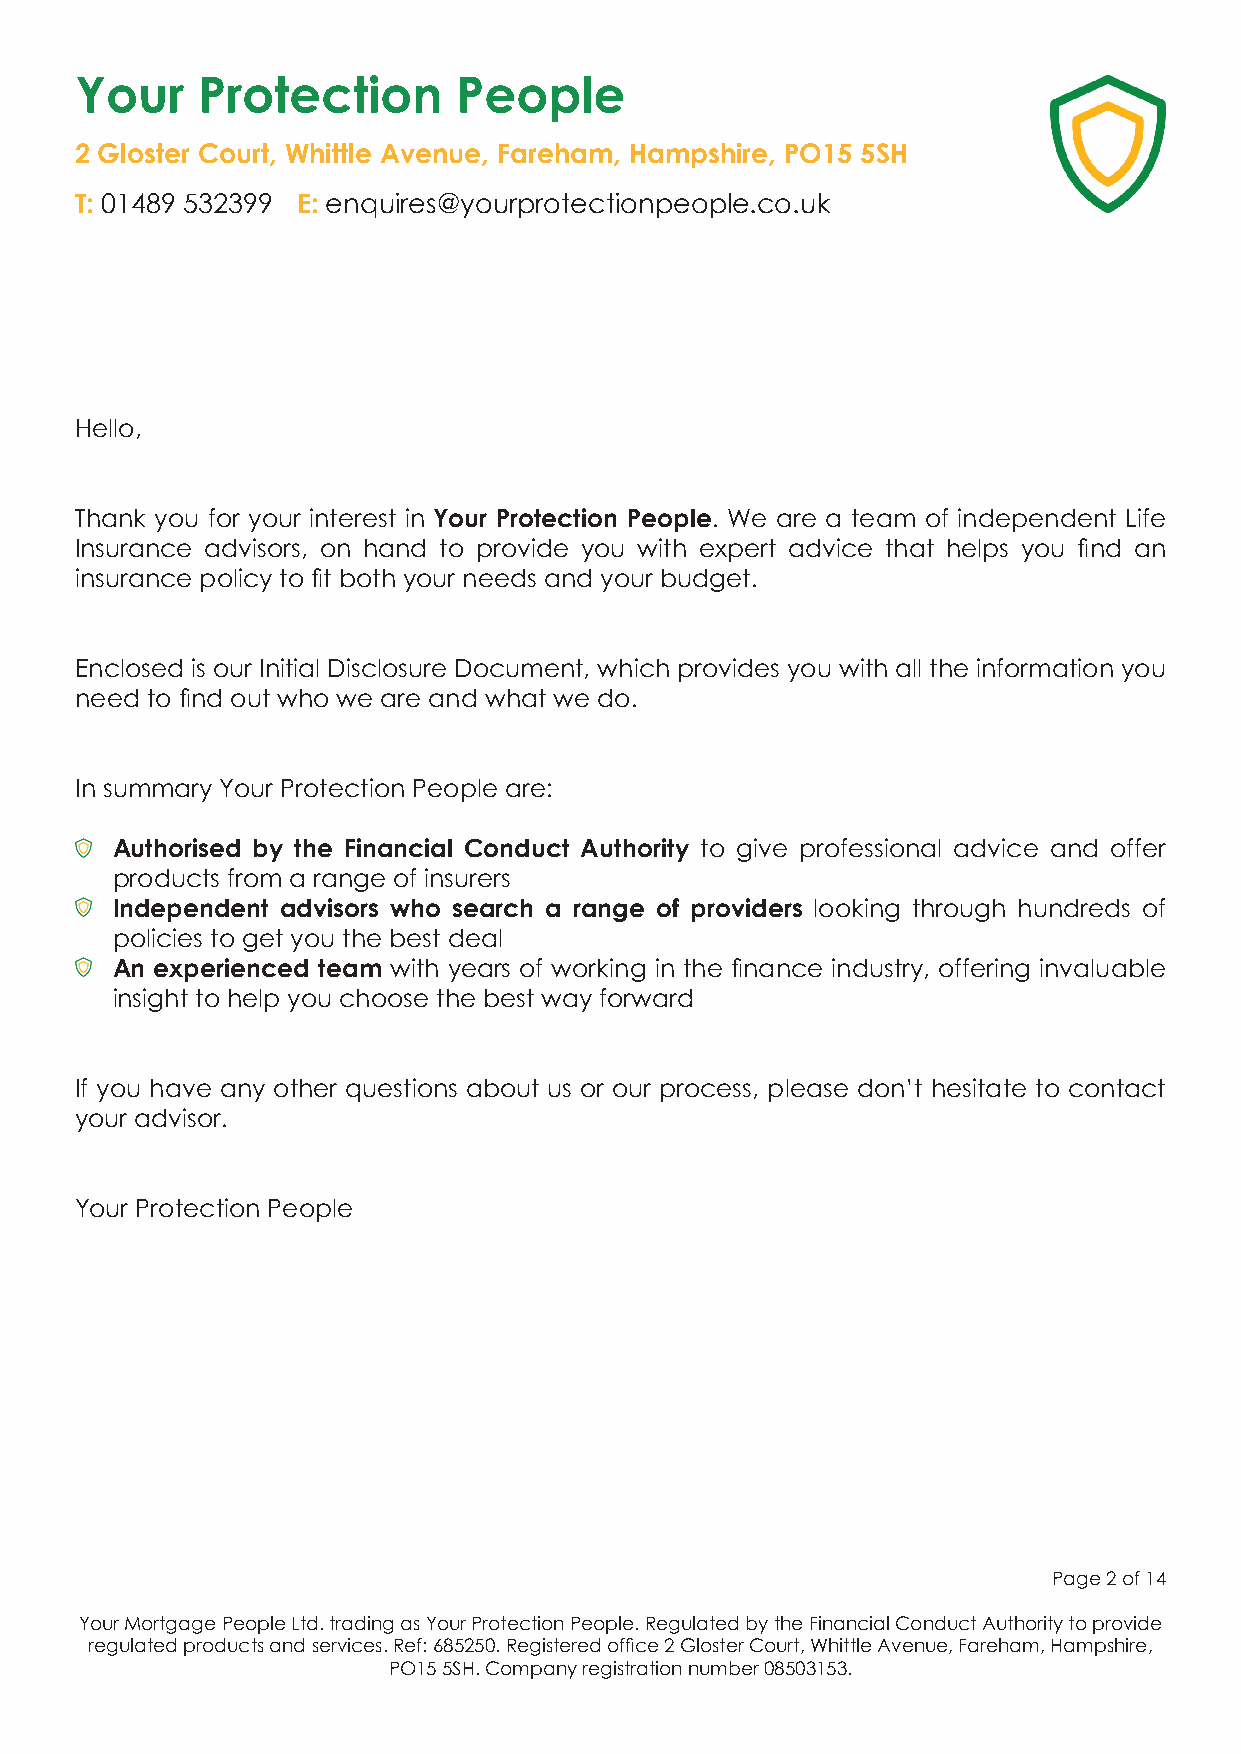
Your    Protection       People
 2 Gloster Court, Whittle Avenue, Fareham, Hampshire, PO15 5SH
 T: 01489 532399 E: enquires@yourprotectionpeople.co.uk
 Hello,
 Thank you for your interest in Your Protection People. We are a team of independent Life
 Insurance advisors, on hand to provide you with expert advice that helps you find an
 insurance policy to fit both your needs and your budget.
 Enclosed is our Initial Disclosure Document, which provides you with all the information you
 need to find out who we are and what we do.
 In summary Your Protection People are:
 Authorised by the Financial Conduct Authority to give professional advice and offer
 products from a range of insurers
 Independent advisors who search a range of providers looking through hundreds of
 policies to get you the best deal
 An experienced team with years of working in the finance industry, offering invaluable
 insight to help you choose the best way forward
 If you have any other questions about us or our process, please don’t hesitate to contact
 your advisor.
 Your Protection People
 Page 2 of 14
 Your Mortgage People Ltd. trading as Your Protection People. Regulated by the Financial Conduct Authority to provide
 regulated products and services. Ref: 685250. Registered office 2 Gloster Court, Whittle Avenue, Fareham, Hampshire,
 PO15 5SH. Company registration number 08503153.